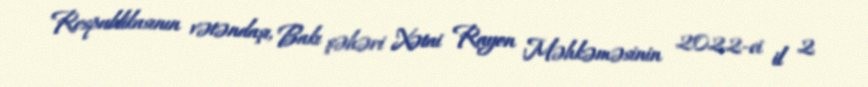
Respublikasının vətəndaşı, Bakı şəhəri Xətai Rayon Məhkəməsinin 2022-ci il 2